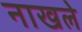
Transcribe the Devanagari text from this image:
नाखले